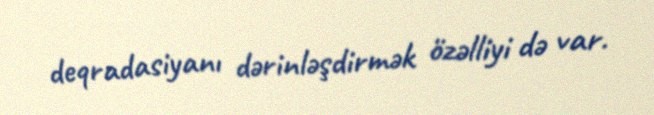
deqradasiyanı dərinləşdirmək özəlliyi də var.